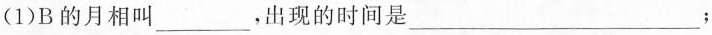
(1)B的月相叫___，出现的时间是___；